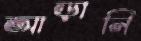
আড়ানি